65_HS1-834228961_62-HQ-83894_Section_10
Agency: FBI
Page 39
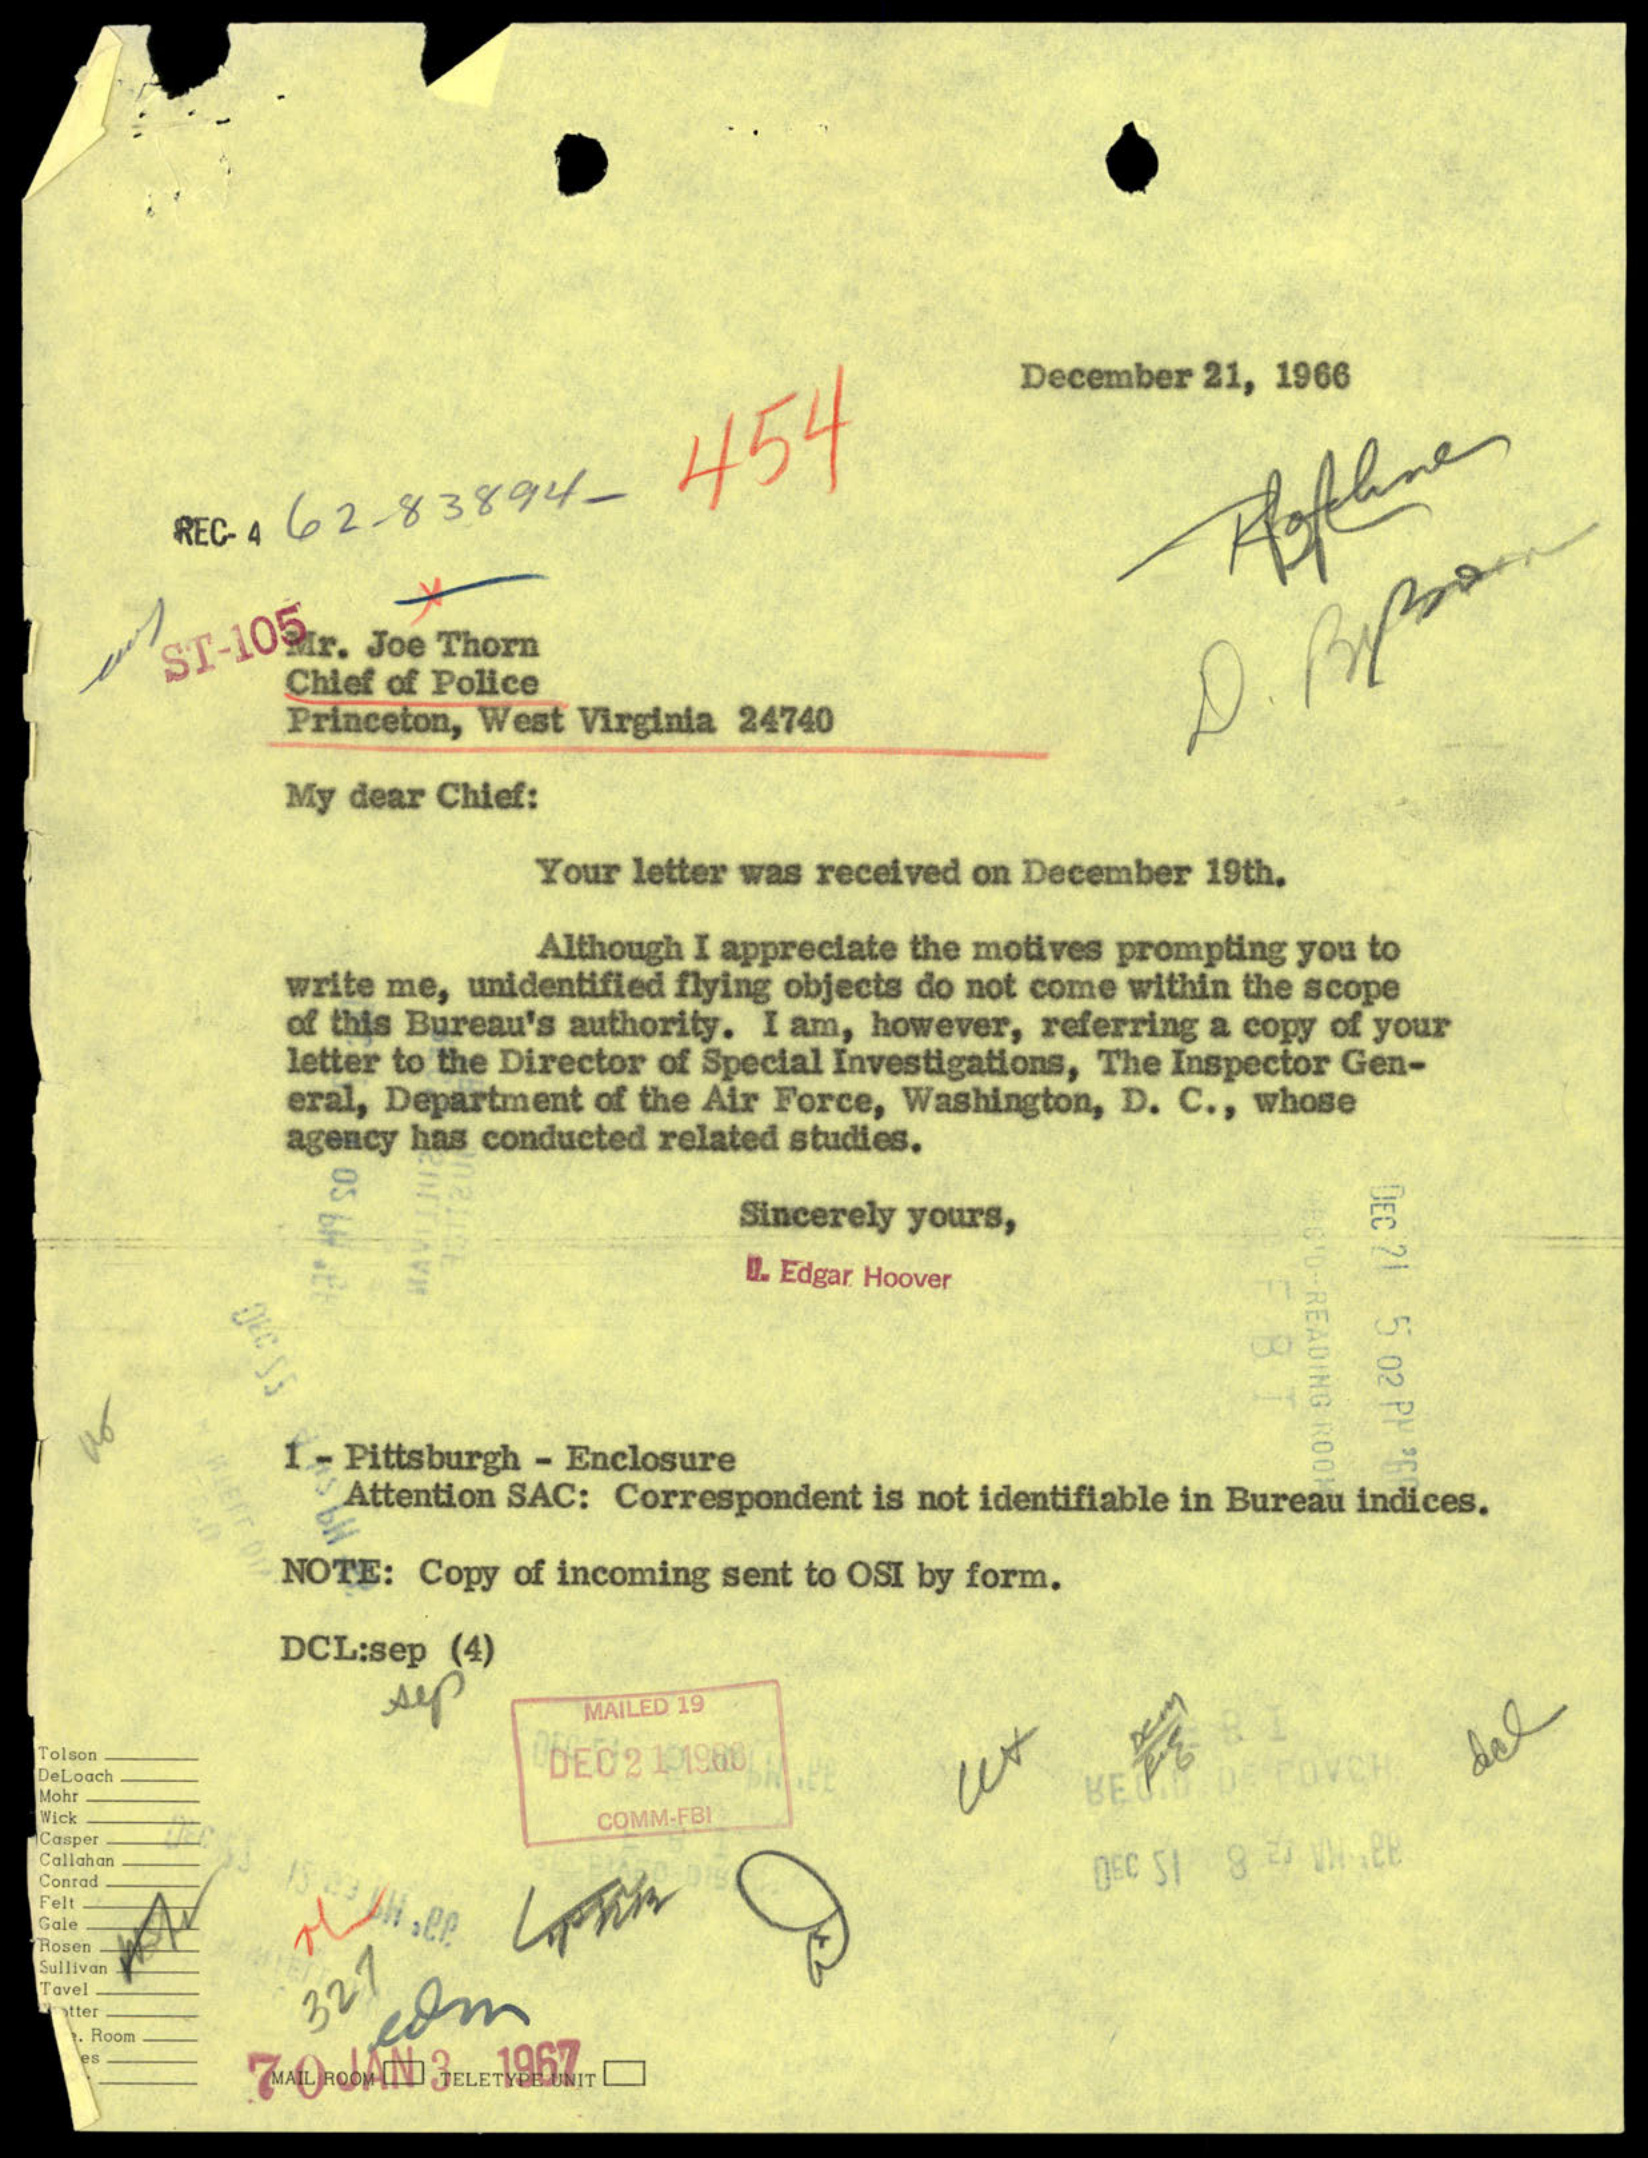